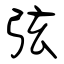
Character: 弦